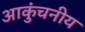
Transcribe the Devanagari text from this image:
आकुंचनीय